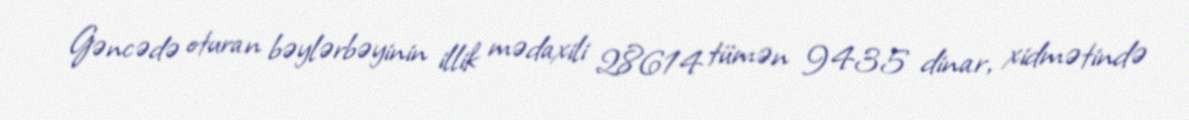
Gəncədə oturan bəylərbəyinin illik mədaxili 28614 tümən 9435 dinar, xidmətində